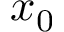
x _ { 0 }